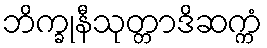
ဘိက္ခုနီသုတ္တာဒိဆက္ကံ